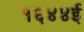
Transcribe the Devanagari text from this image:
१६४४ई